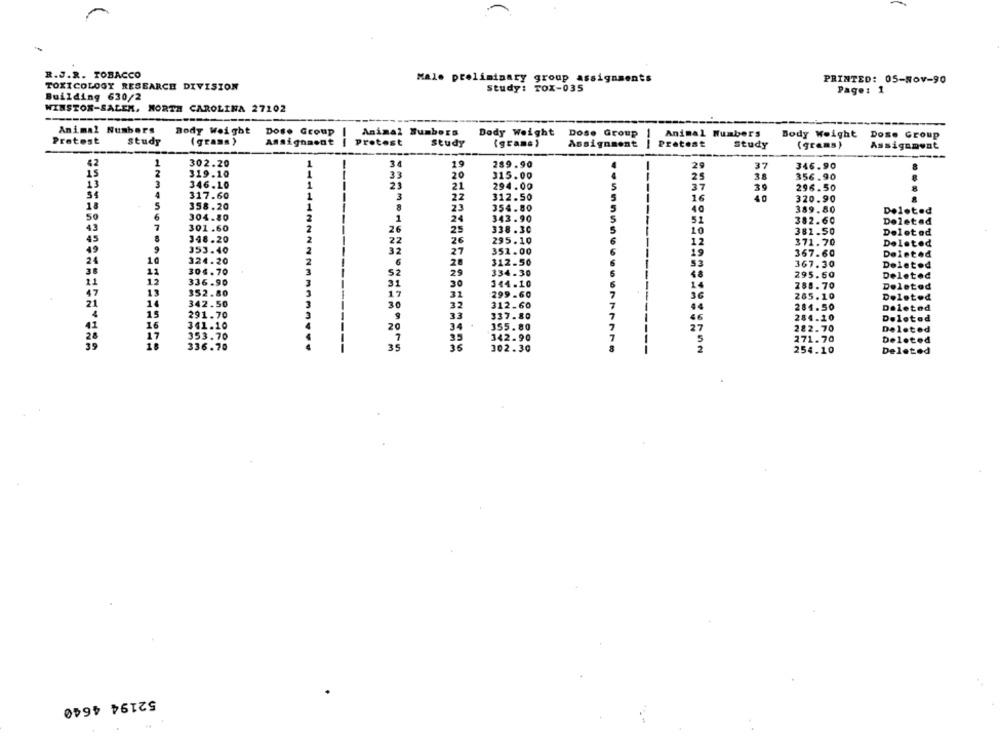
R.J.R. TOBACCO
Male preliminary group assignments
PRINTED: 05-Nov-90
TOXICOLOGY RESEARCH DIVISION
study: TOX-035
Page: 1
Building 630/2
WINSTON-SALEM, NORTH CAROLINA 27102
Animal Numbers
Body Weight
Dos. Group
-
Animal Numbers
Body Weight Dose Group
Animal Numbers
Body Weight
Protest
study
(grass )
Assignment
protest
Dose Group
Study
(grams)
Assignment
--
Protest
Study
(grams)
Assignment
42
1
302.20
1
3 0
19
289.90
29
37
-
346.90
15
319.10
33
20
315.00
25
38
356.90
13
3
346.10
1
23
21
294.00
37
39
4
296.50
317.60
1
3
22
312.50
16
40
320.90
....
18
5
358.20
1
8
23
354.80
50
6
304.80
40
389.80
Deleted
2
1
24
343.90
5
52
382.60
Deleted
43
7
301.60
2
26
25
338.30
10
382.50
45
2
Deleted
348.20
22
26
295.10
12
371.70
Deleted
49
9
353.40
2
32
27
351.00
19
367.60
Deleted
24
10
324.20
2
€
28
312.50
53
367.30
Deletod
11
304.70
3
52
29
334.30
295.60
Deleted
12
336.90
31
30
344.10
14
288.70
Deleted
13
352.80
17
31
299-60
7
265.10
Deleted
1
342.50
30
32
312.60
7
284.50
Deleted
15
291.70
3
33
337.80
7
284.10
Deleted
16
341.10
20
34
355.80
7
27
222.70
Deleted
17
353.70
35
342.90
7
5
271.70
Deleted
18
336.70
35
36
302.30
2
254.10
Deleted
52194 4640